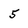
Character: 5